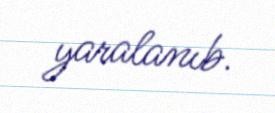
yaralanıb.